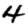
Digit: 4